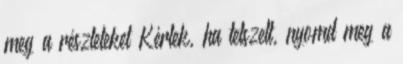
meg a részleteket Kérlek, ha tetszett, nyomd meg a